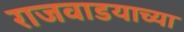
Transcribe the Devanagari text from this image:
राजवाडयाच्या